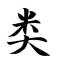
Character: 类